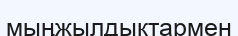
мыңжылдықтармен